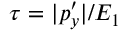
\tau = | p _ { y } ^ { \prime } | / E _ { 1 }